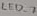
Text: LED_7